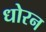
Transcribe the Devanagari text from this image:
धोरन